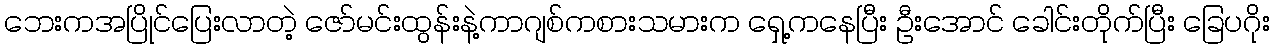
ဘေးကအပြိုင်ပြေးလာတဲ့ ဇော်မင်းထွန်းနဲ့ကာဂျစ်ကစားသမားက ရှေ့ကနေပြီး ဦးအောင် ခေါင်းတိုက်ပြီး ခြေပဂိုး